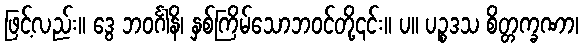
ဖြင့်လည်း။ ဒွေ ဘဝင်္ဂါနိ၊ နှစ်ကြိမ်သောဘဝင်တို့၎င်း။ ပ။ ပဉ္စဒသ စိတ္တက္ခဏာ၊